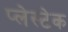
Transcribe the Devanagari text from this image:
प्लेस्टेक